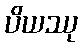
ပိယဿု